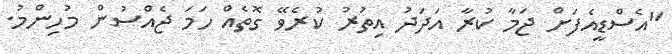
"އެސްޑީއެފަށް ޖަމާ ކުރާ އަދަދު އިތުރު ކުރެވޭ ގޮތެއް ހަމަ ޖެއްސުން މުހިންމު.